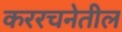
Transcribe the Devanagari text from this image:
कररचनेतील